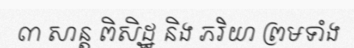
៣ សាន្ត ពិសិដ្ឋ និង ភរិយា ព្រមទាំង